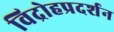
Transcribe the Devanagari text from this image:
विद्रोहप्रदर्शन